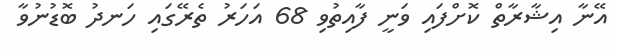
އޭނާ އިޝާރާތް ކޮށްފައި ވަނީ ފާއިތުވި 68 އަހަރު ތެރޭގައި ހަނދު ބޮޑުނުވާ